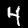
Digit: 4